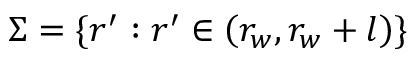
\Sigma = \{ r ^ { \prime } : r ^ { \prime } \in \left( r _ { w } , r _ { w } + l \right) \}